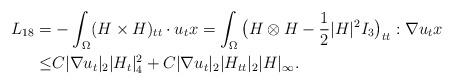
LaTeX: \begin{align*} L_{18}=&-\int_{\Omega}(H\times H)_{tt}\cdot u_{t}x=\int_{\Omega}\big(H\otimes H-\frac{1}{2}|H|^2I_3\big)_{tt}: \nabla u_{t}x\\\leq& C|\nabla u_t|_2|H_t|^2_4+C|\nabla u_t|_2|H_{tt}|_2| H|_{\infty}.\end{align*}